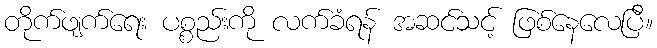
တိုက်ဖျက်ရေး ပစ္စည်းကို လက်ခံရန် အဆင်သင့် ဖြစ်နေလေပြီ။